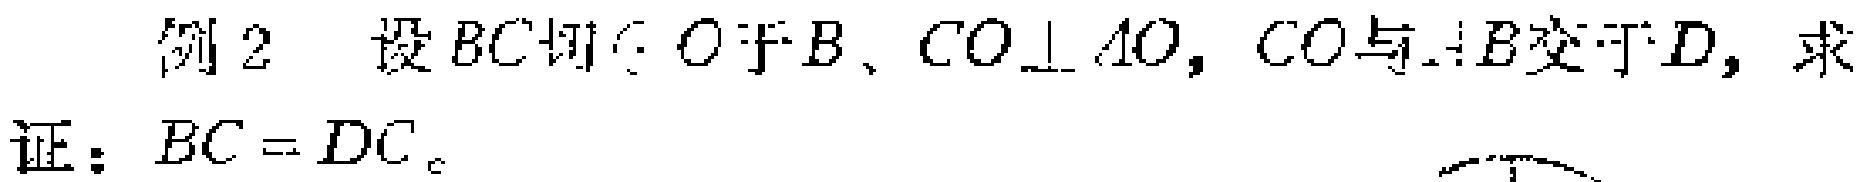
例2 设 \(BC\) 切 \(\odot O\) 于 \(B\)、\(CO\perp AO\)，\(CO\) 与 \(AB\) 交于 \(D\)，求证：\(BC = DC\)。